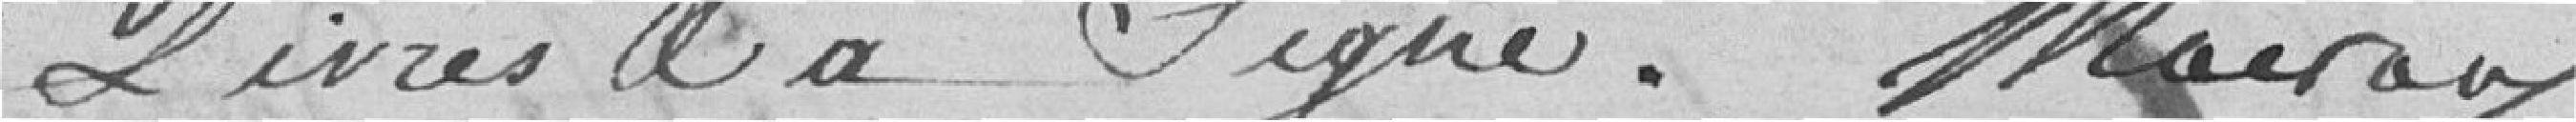
livres et à signé. Mairau [signature]